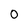
Character: 0